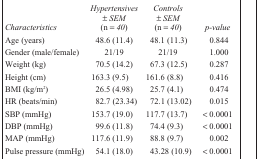
| Characteristics | Hypertensives ± SEM (n = 40) | Controls ± SEM (n = 40) | p-value |
 | --- | --- | --- | --- |
 | Age (years) | 48.6 (11.4) | 48.1 (11.3) | 0.844 |
 | Gender (male/female) | 21/19 | 21/19 | 1.000 |
 | Weight (kg) | 70.5 (14.2) | 67.3 (12.5) | 0.287 |
 | Height (cm) | 163.3 (9.5) | 161.6 (8.8) | 0.416 |
 | BMI (kg/m2) | 26.5 (4.98) | 25.7 (4.1) | 0.474 |
 | HR (beats/min) | 82.7 (23.34) | 72.1 (13.02) | 0.015 |
 | SBP (mmHg) | 153.7 (19.0) | 117.7 (13.7) | < 0.0001 |
 | DBP (mmHg) | 99.6 (11.8) | 74.4 (9.3) | < 0.0001 |
 | MAP (mmHg) | 117.6 (11.9) | 88.8 (9.7) | 0.002 |
 | Pulse pressure (mmHg) | 54.1 (18.0) | 43.28 (10.9) | < 0.0001 |